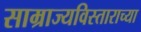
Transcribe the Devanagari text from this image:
साम्राज्यविस्ताराच्या